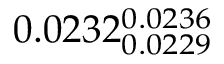
0 . 0 2 3 2 _ { 0 . 0 2 2 9 } ^ { 0 . 0 2 3 6 }